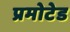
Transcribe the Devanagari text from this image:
प्रमोटेड